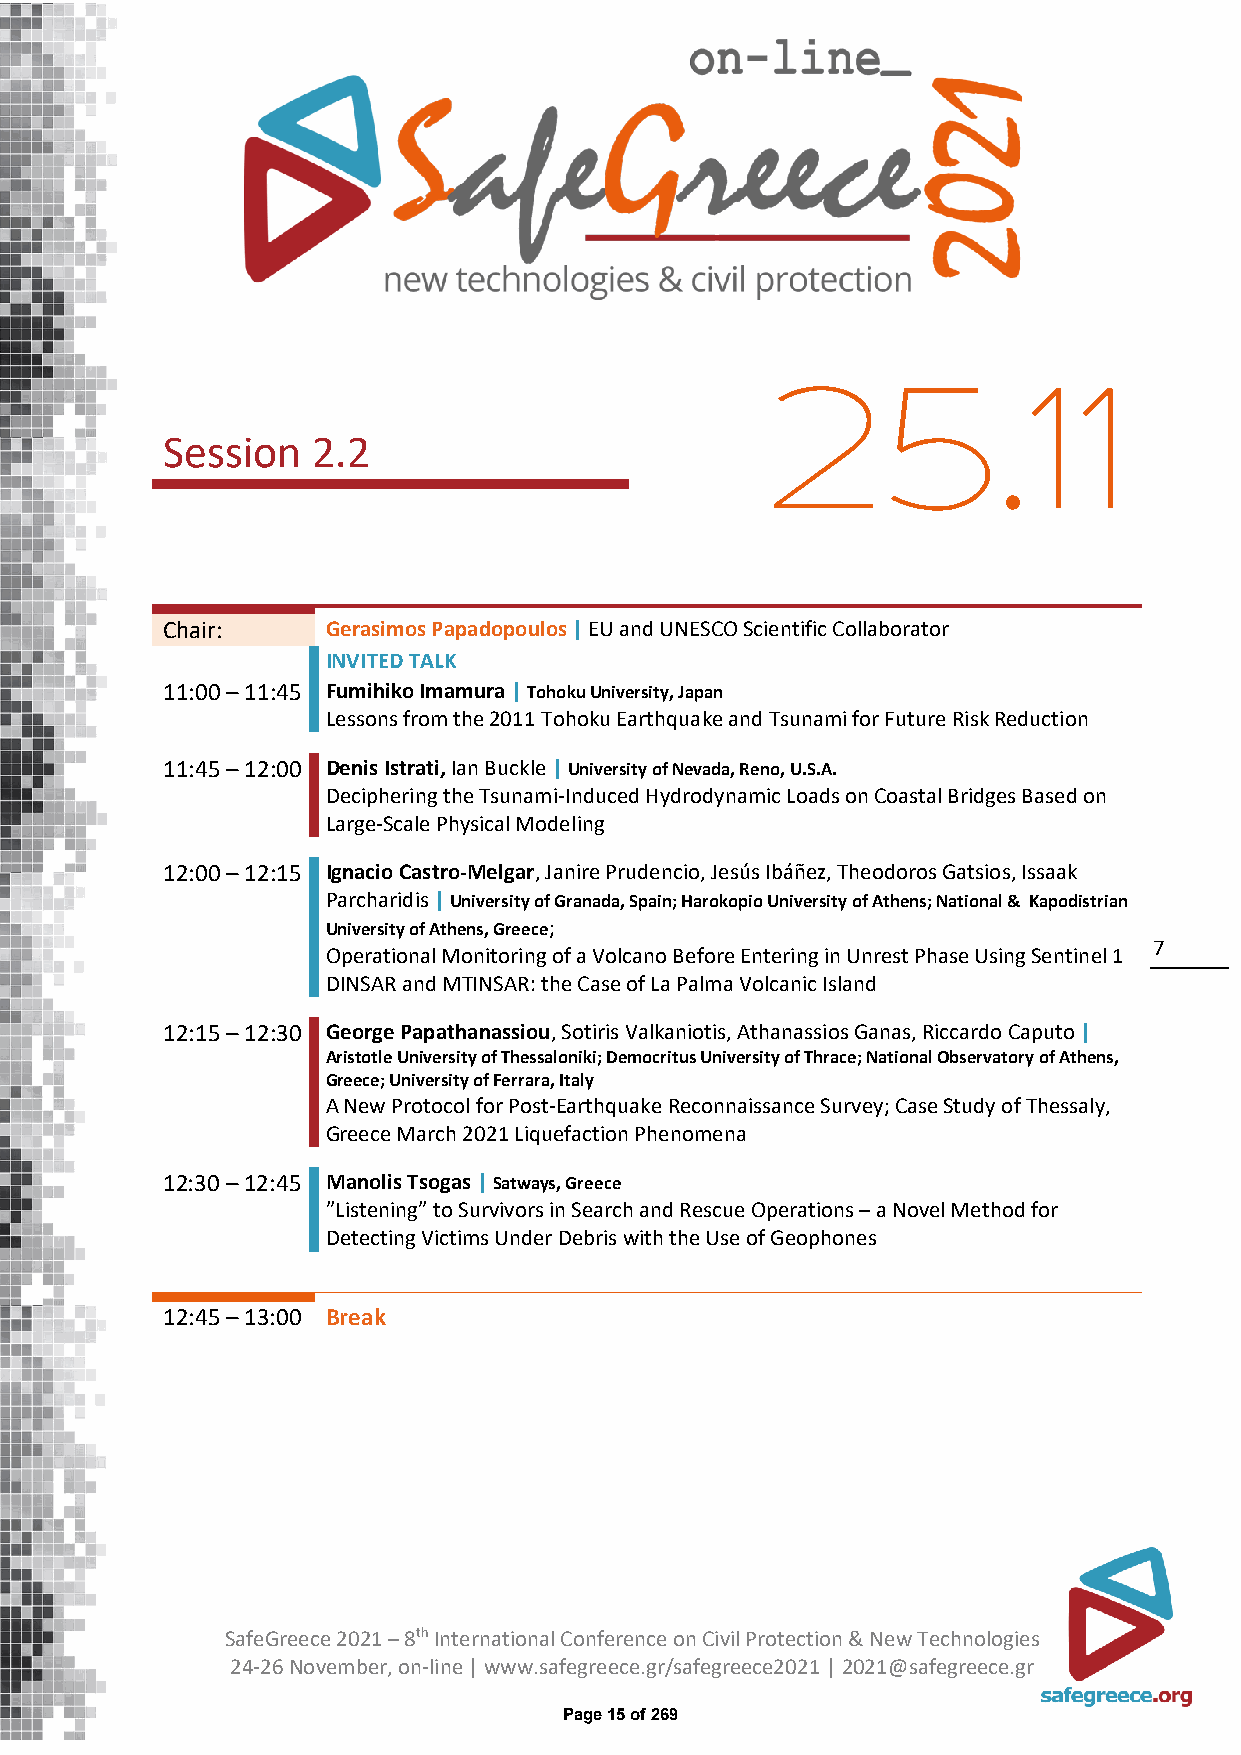
25.11
 Session   2.2
 Chair:     Gerasimos Papadopoulos | EU and UNESCO Scientific Collaborator
 INVITED TALK
 11:00 – 11:45 Fumihiko Imamura | Tohoku University, Japan
 Lessons from the 2011 Tohoku Earthquake and Tsunami for Future Risk Reduction
 11:45 – 12:00 Denis Istrati, Ian Buckle | University of Nevada, Reno, U.S.A.
 Deciphering the Tsunami-Induced Hydrodynamic Loads on Coastal Bridges Based on
 Large-Scale Physical Modeling
 12:00 – 12:15 Ignacio Castro-Melgar, Janire Prudencio, Jesús Ibáñez, Theodoros Gatsios, Issaak
 Parcharidis | University of Granada, Spain; Harokopio University of Athens; National & Kapodistrian
 University of Athens, Greece;
 7
 Operational Monitoring of a Volcano Before Entering in Unrest Phase Using Sentinel 1
 DINSAR and MTINSAR: the Case of La Palma Volcanic Island
 12:15 – 12:30 George Papathanassiou, Sotiris Valkaniotis, Athanassios Ganas, Riccardo Caputo |
 Aristotle University of Thessaloniki; Democritus University of Thrace; National Observatory of Athens,
 Greece; University of Ferrara, Italy
 A New Protocol for Post-Earthquake Reconnaissance Survey; Case Study of Thessaly,
 Greece March 2021 Liquefaction Phenomena
 12:30 – 12:45 Manolis Tsogas | Satways, Greece
 ”Listening” to Survivors in Search and Rescue Operations – a Novel Method for
 Detecting Victims Under Debris with the Use of Geophones
 12:45 – 13:00 Break
 SafeGreece 2021 – 8th International Conference on Civil Protection & New Technologies
 24-26 November, on-line | www.safegreece.gr/safegreece2021 | 2021@safegreece.gr
 Page 15 of 269